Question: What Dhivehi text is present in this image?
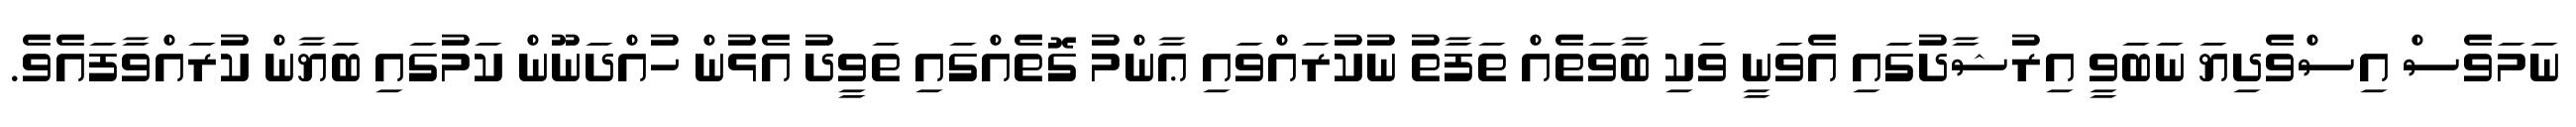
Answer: ނަމަވެސް އިސްވެދިޔަ ނަބަވީ އިރުޝާދުގައި އެވަނީ ވަކި ބާވަތެއް ތަފާތު ނުކުރައްވައި ޢާންމު ގޮތެއްގައި ތަވީދު އެޅުން ހުއްދަނޫން ކަމުގައި ބަޔާން ކުރައްވާފައެވެ.